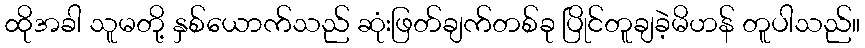
ထိုအခါ သူမတို့ နှစ်ယောက်သည် ဆုံးဖြတ်ချက်တစ်ခု ပြိုင်တူချခဲ့မိဟန် တူပါသည်။